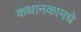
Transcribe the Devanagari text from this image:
कथानकामधे